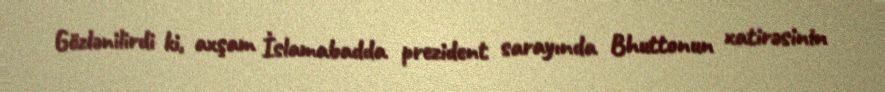
Gözlənilirdi ki, axşam İslamabadda prezident sarayında Bhuttonun xatirəsinin